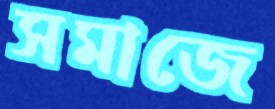
সমাজে